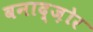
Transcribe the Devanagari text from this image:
वनाद्ज़ोर